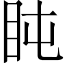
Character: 盹